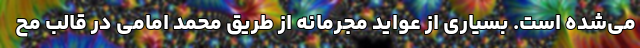
می‌شده است. بسیاری از عواید مجرمانه از طریق محمد امامی در قالب مح